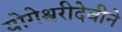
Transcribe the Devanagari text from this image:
योगेश्वरीदेवीने